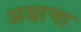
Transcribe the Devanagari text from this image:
अक्षाचा